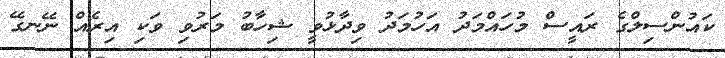
ކައުންސިލްގެ ރައީސް މުހައްމަދު އަހުމަދު ވިދާޅުވީ ޝިހާބު މަރުވި ވަކި އިރެއް ނޭނގޭ